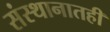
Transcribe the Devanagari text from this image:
संस्थानातही